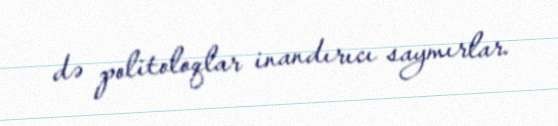
də politoloqlar inandırıcı saymırlar.